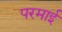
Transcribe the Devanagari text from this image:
परमाई